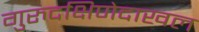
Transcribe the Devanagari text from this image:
गुरुदक्षिणेदाखल